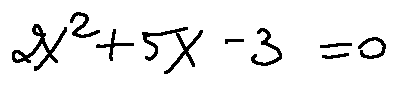
2 X ^ { 2 } + 5 X - 3 = 0